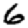
Digit: 6